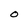
Character: O